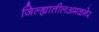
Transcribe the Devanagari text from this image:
जिल्ह्यातीलअमळनेर